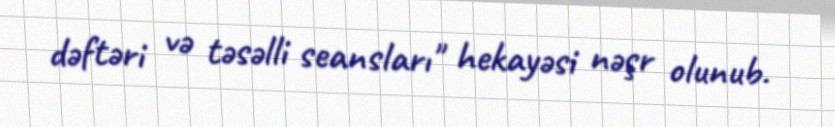
dəftəri və təsəlli seansları" hekayəsi nəşr olunub.